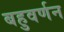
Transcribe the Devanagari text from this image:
बहुवर्णन